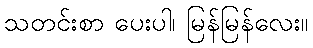
သတင်းစာ ပေးပါ၊ မြန်မြန်လေး။